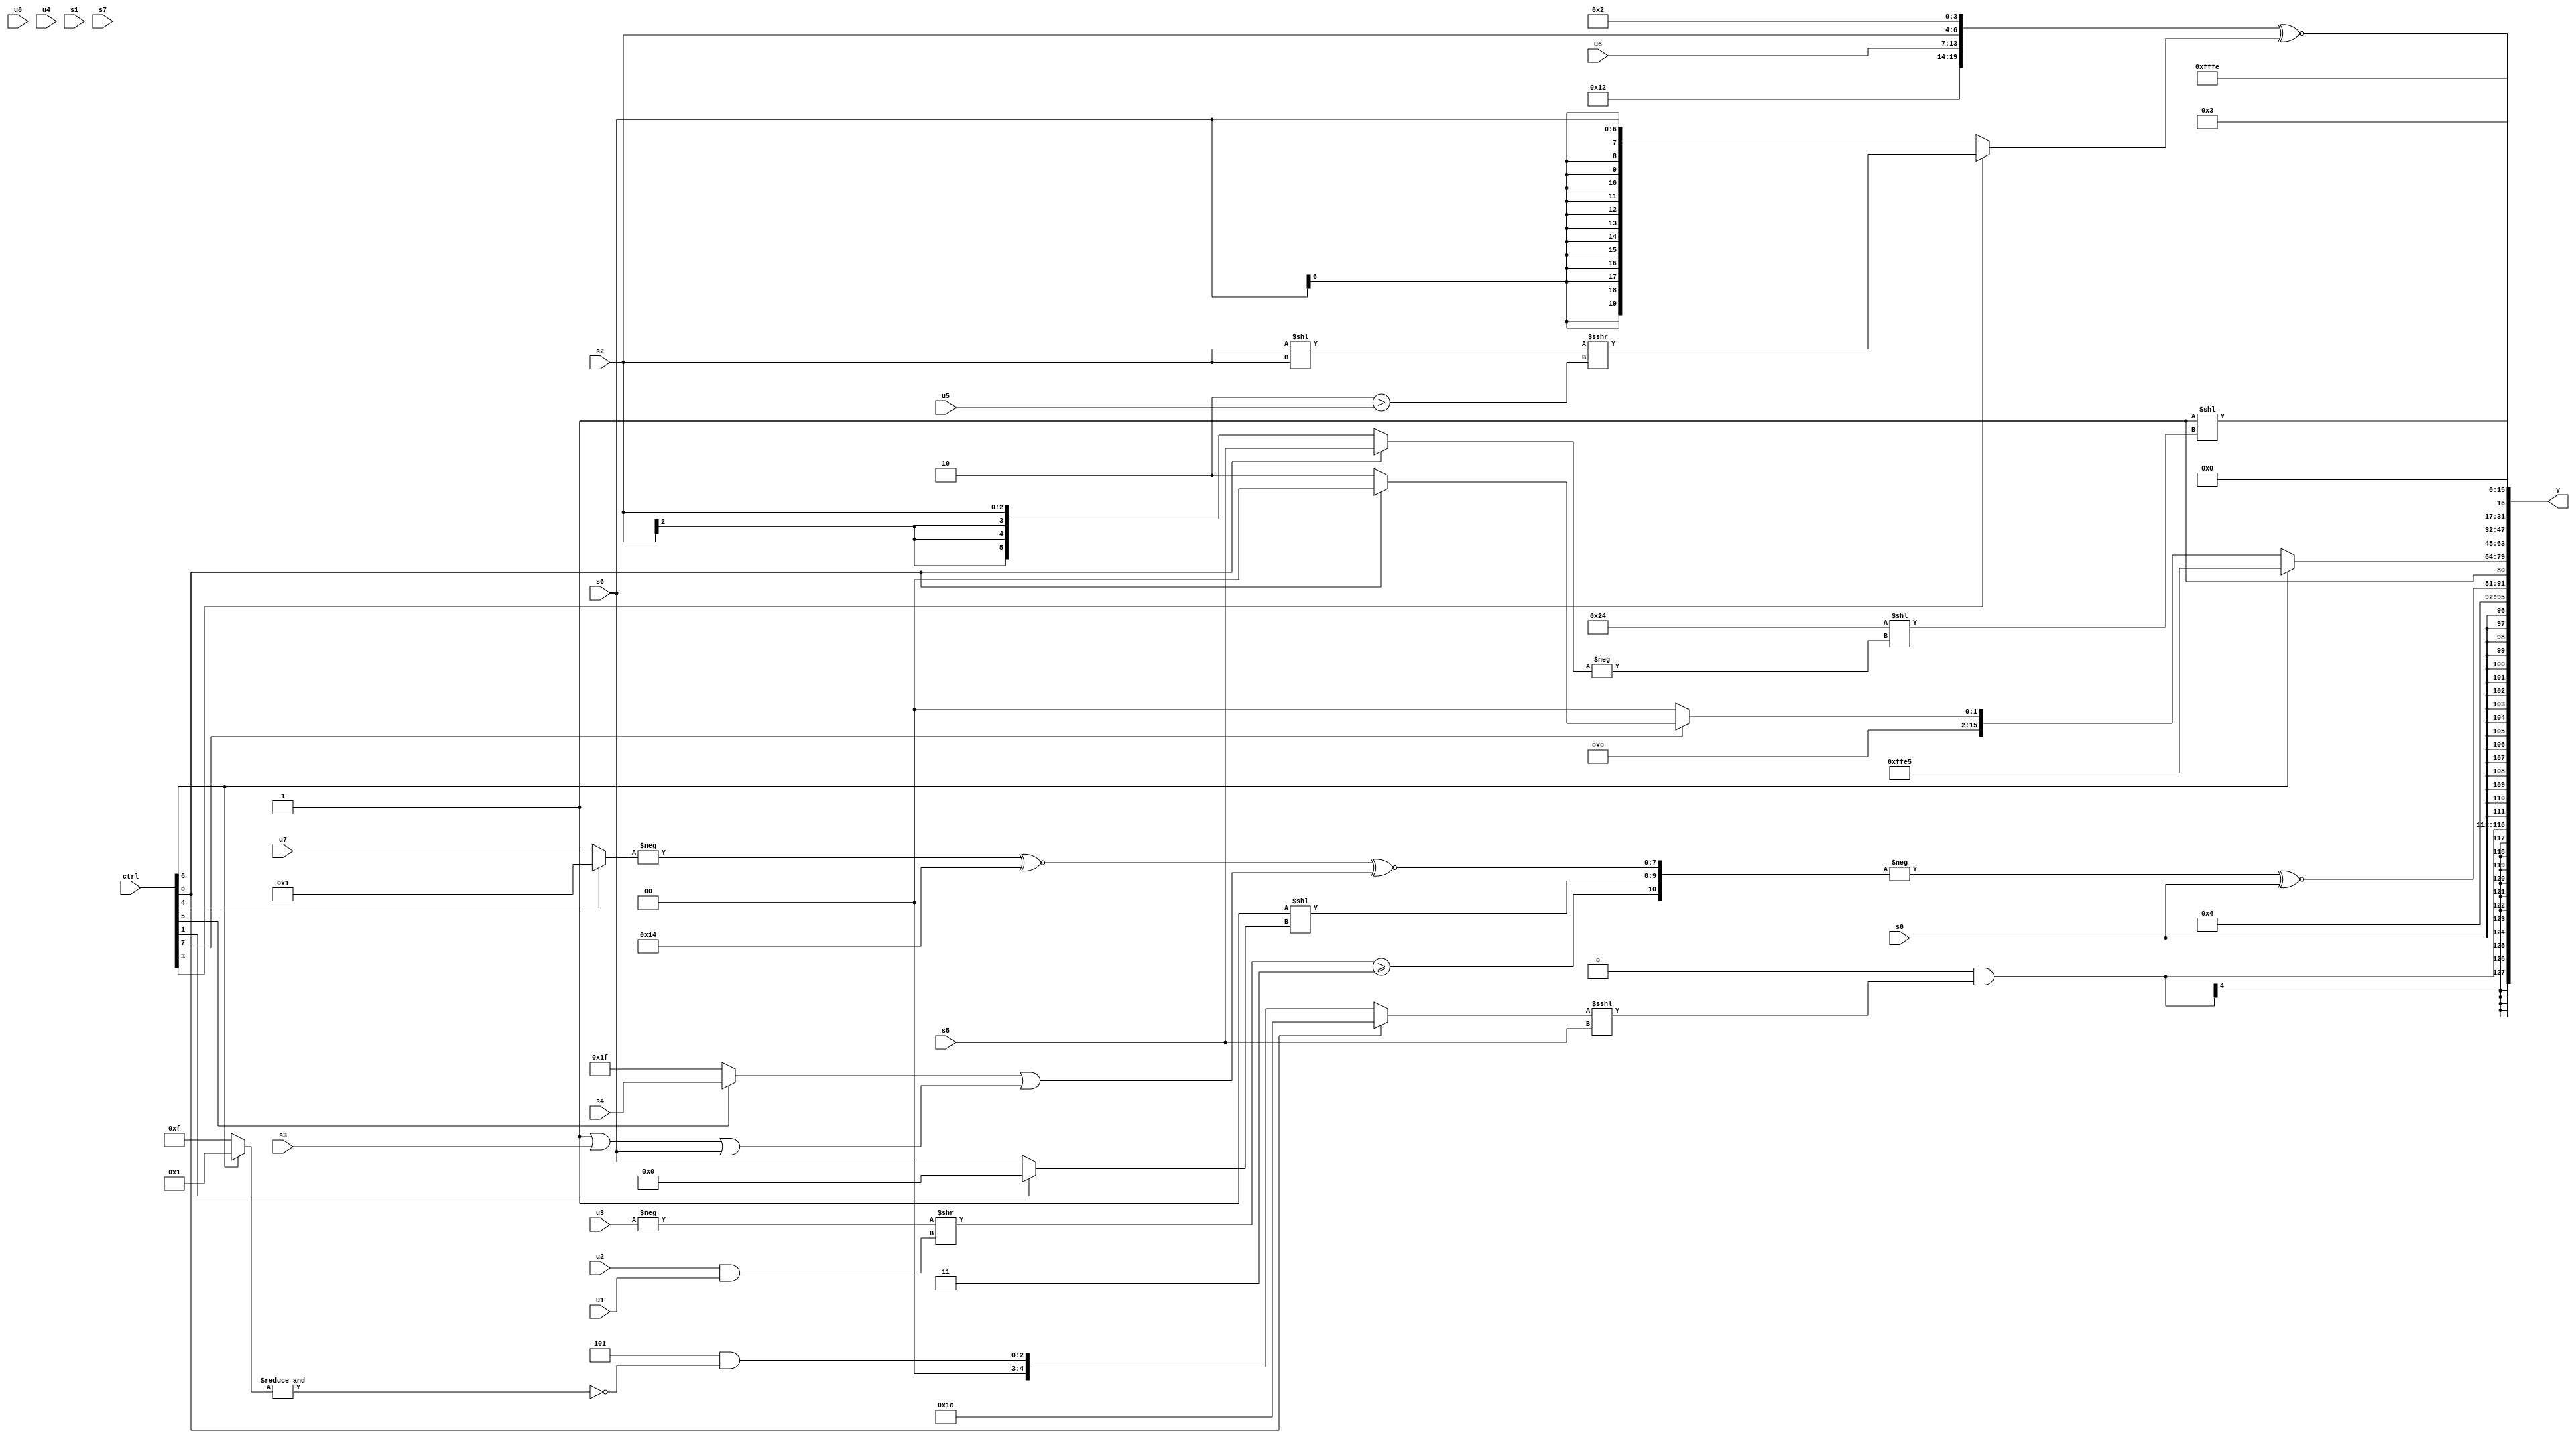
module wideexpr_00281(ctrl, u0, u1, u2, u3, u4, u5, u6, u7, s0, s1, s2, s3, s4, s5, s6, s7, y);
  input [7:0] ctrl;
  input [0:0] u0;
  input [1:0] u1;
  input [2:0] u2;
  input [3:0] u3;
  input [4:0] u4;
  input [5:0] u5;
  input [6:0] u6;
  input [7:0] u7;
  input signed [0:0] s0;
  input signed [1:0] s1;
  input signed [2:0] s2;
  input signed [3:0] s3;
  input signed [4:0] s4;
  input signed [5:0] s5;
  input signed [6:0] s6;
  input signed [7:0] s7;
  output [127:0] y;
  wire [15:0] y0;
  wire [15:0] y1;
  wire [15:0] y2;
  wire [15:0] y3;
  wire [15:0] y4;
  wire [15:0] y5;
  wire [15:0] y6;
  wire [15:0] y7;
  assign y = {y0,y1,y2,y3,y4,y5,y6,y7};
  assign y0 = $signed(((5'b10001)>>>(3'sb110))&(((ctrl[0]?5'b11010:(3'b101)&(~&((ctrl[6]?4'sb0001:2'sb11)))))<<<($signed(s5))));
  assign y1 = s0;
  assign y2 = {4'sb0100,(-({$signed(((-(u3))>>((u2)&(u1)))>=(2'sb11)),(2'sb11)<<((ctrl[1]?+((6'sb100110)>>(4'sb1110)):s6)),((-((ctrl[4]?4'sb0001:u7)))^~(5'sb10100))^~(($signed((ctrl[5]?s4:1'sb1)))|(((1'sb1)|(s3))|(s6)))}))^~(+($signed(s0))),1'sb1};
  assign y3 = (ctrl[6]?-(6'b011011):(ctrl[7]?(ctrl[0]?1'sb0:2'sb10):2'sb00));
  assign y4 = 3'sb110;
  assign y5 = $unsigned((+($signed({6'sb010010,u6,s2,4'sb0010})))^~((ctrl[3]?((s2)<<(s2))>>>((2'sb10)>(u5)):(s6)<<({3{2'sb00}}))));
  assign y6 = $unsigned((1'b1)<<((-({1{6'sb011100}}))<<(-((ctrl[0]?s5:s2)))));
  assign y7 = 4'sb0011;
endmodule